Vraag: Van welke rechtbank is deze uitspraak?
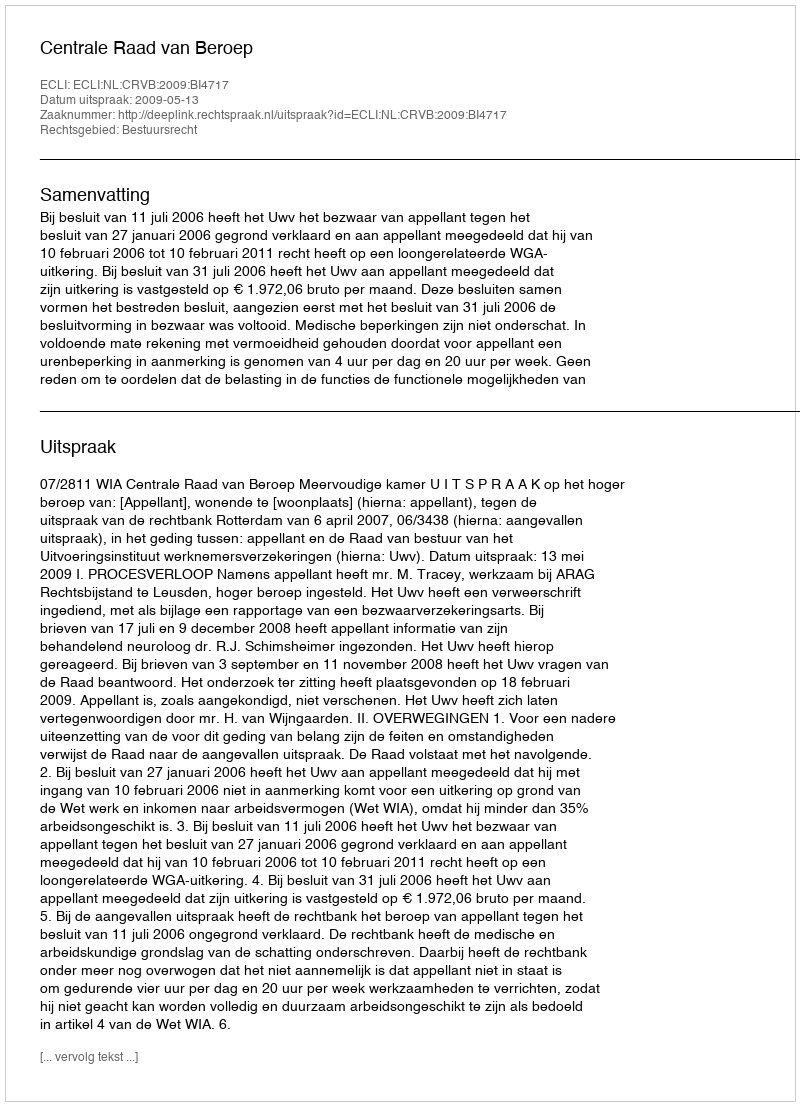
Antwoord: Centrale Raad van Beroep